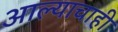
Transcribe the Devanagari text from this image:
आल्याचाही